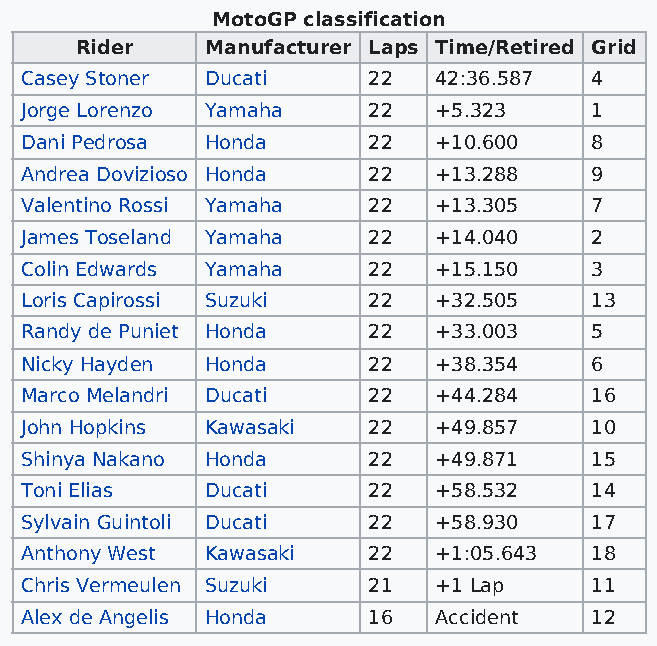
MotoGP classification
 Rider    Manufacturer Laps Time/Retired Grid
 Casey Stoner Ducati    22   42:36.587 4
 Jorge Lorenzo Yamaha   22   +5.323    1
 Dani Pedrosa Honda     22   +10.600   8
 Andrea Dovizioso Honda 22   +13.288   9
 Valentino Rossi Yamaha 22   +13.305   7
 James Toseland Yamaha  22   +14.040   2
 Colin Edwards Yamaha   22   +15.150   3
 Loris Capirossi Suzuki 22   +32.505   13
 Randy de Puniet Honda  22   +33.003   5
 Nicky Hayden Honda     22   +38.354   6
 Marco Melandri Ducati  22   +44.284   16
 John Hopkins Kawasaki  22   +49.857   10
 Shinya Nakano Honda    22   +49.871   15
 Toni Elias   Ducati    22   +58.532   14
 Sylvain Guintoli Ducati 22  +58.930   17
 Anthony West Kawasaki  22   +1:05.643 18
 Chris Vermeulen Suzuki 21   +1 Lap    11
 Alex de Angelis Honda  16   Accident  12